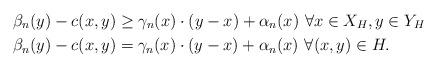
LaTeX: \begin{align*}\beta_n (y)-c(x,y) &\geq \gamma_n(x) \cdot (y-x) + \alpha_n(x)\,\, \forall x\in X_H, y \in Y_H \\\beta_n(y)-c(x,y) &= \gamma_n(x) \cdot (y-x) + \alpha_n(x)\,\, \forall (x,y) \in H.\end{align*}